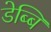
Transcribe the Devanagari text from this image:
डेब्बि